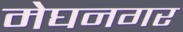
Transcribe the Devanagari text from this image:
मेघनगर